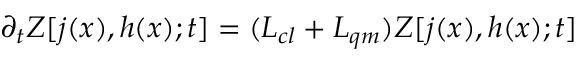
\partial _ { t } Z [ j ( x ) , h ( x ) ; t ] = ( { \cal L } _ { c l } + { \cal L } _ { q m } ) Z [ j ( x ) , h ( x ) ; t ]